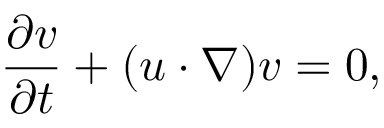
\frac { \partial v } { \partial t } + ( u \cdot \nabla ) v = 0 ,